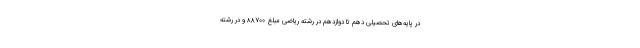
در پایه‌های تحصیلی دهم تا دوازدهم در رشته ریاضی مبلغ ۸۸۷۰۰ و در رشته